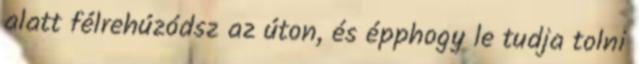
alatt félrehúzódsz az úton, és épphogy le tudja tolni